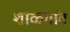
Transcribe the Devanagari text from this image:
शाळगांव